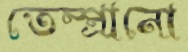
তেম্প্রানো